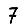
Digit: 7